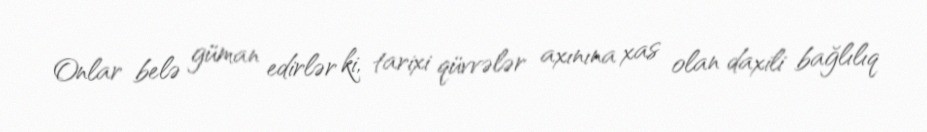
Onlar belə güman edirlər ki, tarixi qüvvələr axınına xas olan daxili bağlılıq